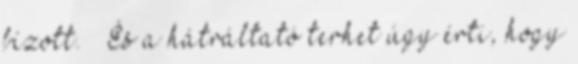
bízott. – És a hátráltató terhet úgy érti, hogy